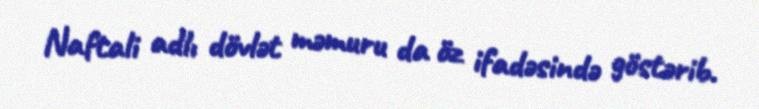
Naftali adlı dövlət məmuru da öz ifadəsində göstərib.